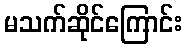
မသက်ဆိုင်ကြောင်း